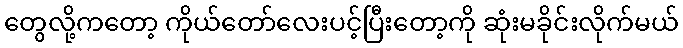
တွေလို့ကတော့ ကိုယ်တော်လေးပင့်ပြီးတော့ကို ဆုံးမခိုင်းလိုက်မယ်